Lunatic asylums in Bengal annual reports 1888-1898 - 1888-1898
Year: 1888
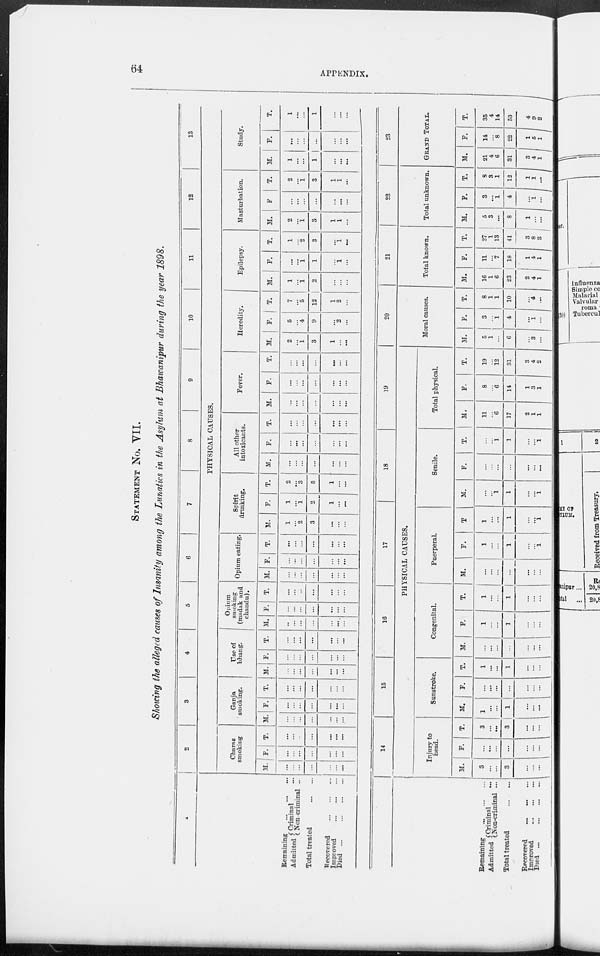
64
APPENDIX.
STATEMENT No. VII.
Showing the alleged causes of Insanity among the Lunatics in the Asylum at Bhawanipur during the year 1898.
1
Remaining
...
...
...
Admitted Criminal
...
Non-criminal ...
Total treated
...
...
Recovered
...
...
...
Improved ... ... ...
Died
...
...
...
...
2
3
4
5
6
7
8
9
10
11
12
13
PHYSICAL CAUSES.
Charas
smoking
M.
...
...
...
...
...
...
...
F.
...
...
...
...
...
...
...
T.
...
...
...
...
...
...
...
Ganja
smoking.
M.
...
...
...
...
...
...
...
F.
...
...
...
...
...
...
...
T.
...
...
...
...
...
...
...
Use of
bhang.
M.
...
...
...
...
...
...
...
F.
...
...
...
...
...
...
...
T.
...
...
...
...
...
...
...
Opium
smoking
(madak und
chandu).
M.
...
...
...
...
...
...
...
F.
...
...
...
...
...
...
...
T.
...
...
...
...
...
...
...
Opium eating.
M.
...
...
...
...
...
...
...
F.
...
...
...
...
...
...
...
T.
...
...
...
...
...
...
...
Spirit
drinking.
M.
1
...
2
3
...
...
...
F.
1
...
1
2
1
...
...
T.
2
...
3
5
1
...
...
All other
intoxicants.
M.
...
...
...
...
...
...
...
F.
...
...
...
...
...
...
...
T.
...
...
...
...
...
...
...
Fever.
M.
...
...
...
...
...
...
...
F.
...
...
...
...
...
...
...
T.
...
...
...
...
...
...
...
Heredity.
M.
2
...
1
3
1
...
...
F.
5
...
4
9
...
2
...
T.
7
...
5
12
1
2
...
Epilepsy.
M.
1
...
1
2
...
...
...
F.
...
...
1
1
...
1
...
T.
1
...
2
3
...
1
...
Masturbation.
M.
2
...
1
3
1
1
...
F.
...
...
...
...
...
...
...
T.
2
...
1
3
1
1
...
Study.
M.
1
...
...
1
...
...
...
F.
...
...
...
...
...
...
...
T.
1
...
...
1
...
...
...
Remaining ... ... ...
Admitted Criminal
...
Non-criminal ...
Total treated
...
...
Recovered ... ...
...
Improved ... ... ...
Died ... ... ... ...
14
15
16
17
18
19
PHYSICAL CAUSES.
Injury to
head.
M.
3
...
...
3
...
...
...
F.
...
...
...
...
...
...
...
T.
3
...
...
3
...
...
...
Sunstroke.
M.
1
...
...
1
...
...
...
F.
...
...
...
...
...
...
...
T.
1
...
...
1
...
...
...
Congenital.
M.
...
...
...
...
...
...
...
F.
1
...
...
1
...
...
...
T.
1
...
...
1
...
...
...
Puerperal.
M.
...
...
...
...
...
...
...
F.
1
...
...
1
...
...
1
T.
1
...
...
1
...
...
1
Senile.
M.
...
...
1
1
...
...
1
F.
...
... ...
...
...
...
...
T.
...
... 1
1
...
...
1
Total physical.
M.
11
... 6
17
2
1
1
F.
8
... 6
14
1
3
1
T.
19
... 12
31
3
4
2
20
Moral causes.
M.
5
1
...
6
...
3
...
F.
3
...
1
4
...
1
...
T.
8
1
1
10
...
4
...
21
Total known.
M.
16
1
6
23
2
4
1
F.
11
...
7
18
1
4
1
T.
27
1
13
41
3
8
2
22
Total unknown.
M.
5
3
...
8
1
...
...
F.
3
...
1
4
...
1
...
T.
8
3
1
12
1
1
...
23
GRAND TOTAL.
M.
21
4
6
31
3
4
1
F.
14
... 8
22
1
5
1
T.
35
4
14
53
4
9
2